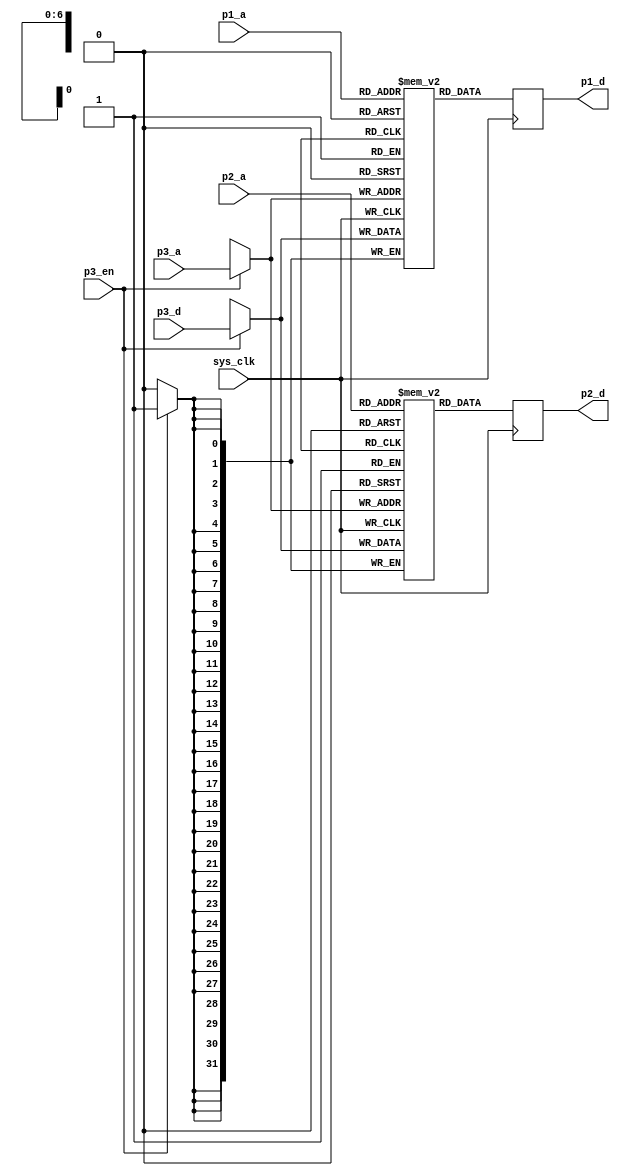
module pfpu_tpram(
	input sys_clk,
	input [6:0] p1_a,
	output reg [31:0] p1_d,
	input [6:0] p2_a,
	output reg [31:0] p2_d,
	input p3_en,
	input [6:0] p3_a,
	input [31:0] p3_d
);
reg [31:0] mem1[0:127];
always @(posedge sys_clk) begin
	if(p3_en)
		mem1[p3_a] <= p3_d;
	p1_d <= mem1[p1_a];
end
reg [31:0] mem2[0:127];
always @(posedge sys_clk) begin
	if(p3_en)
		mem2[p3_a] <= p3_d;
	p2_d <= mem2[p2_a];
end
endmodule